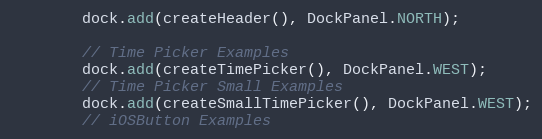
Language: Java
		dock.add(createHeader(), DockPanel.NORTH);

		// Time Picker Examples
		dock.add(createTimePicker(), DockPanel.WEST);
		// Time Picker Small Examples
		dock.add(createSmallTimePicker(), DockPanel.WEST);
		// iOSButton Examples